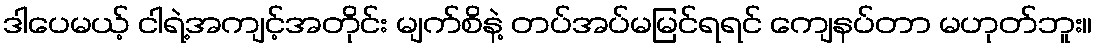
ဒါပေမယ့် ငါရဲ့အကျင့်အတိုင်း မျက်စိနဲ့ တပ်အပ်မမြင်ရရင် ကျေနပ်တာ မဟုတ်ဘူး။